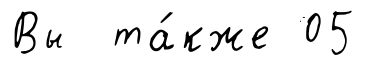
Вы та́кже 05